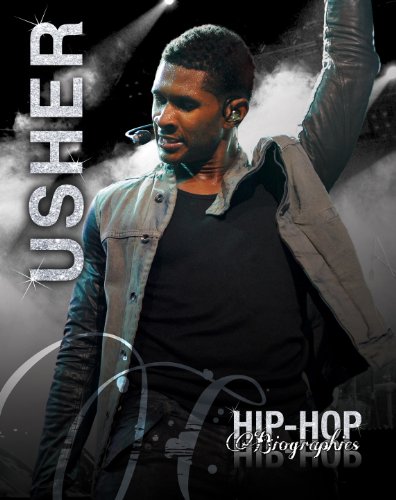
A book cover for Usher (Hip-Hop Biographies); Saddleback Educational Publishing; Teen & Young Adult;